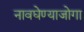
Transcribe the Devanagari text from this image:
नावघेण्याजोगा